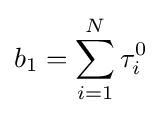
b_{1}=\sum _{i=1}^{N}\tau _{i}^{0}